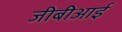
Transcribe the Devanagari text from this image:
जीबीआई